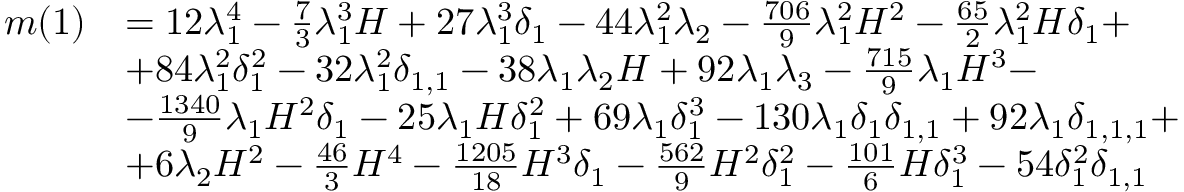
\begin{array} { r l } { m ( 1 ) } & { = 1 2 \lambda _ { 1 } ^ { 4 } - \frac { 7 } { 3 } \lambda _ { 1 } ^ { 3 } H + 2 7 \lambda _ { 1 } ^ { 3 } \delta _ { 1 } - 4 4 \lambda _ { 1 } ^ { 2 } \lambda _ { 2 } - \frac { 7 0 6 } { 9 } \lambda _ { 1 } ^ { 2 } H ^ { 2 } - \frac { 6 5 } { 2 } \lambda _ { 1 } ^ { 2 } H \delta _ { 1 } + } \\ & { + 8 4 \lambda _ { 1 } ^ { 2 } \delta _ { 1 } ^ { 2 } - 3 2 \lambda _ { 1 } ^ { 2 } \delta _ { 1 , 1 } - 3 8 \lambda _ { 1 } \lambda _ { 2 } H + 9 2 \lambda _ { 1 } \lambda _ { 3 } - \frac { 7 1 5 } { 9 } \lambda _ { 1 } H ^ { 3 } - } \\ & { - \frac { 1 3 4 0 } { 9 } \lambda _ { 1 } H ^ { 2 } \delta _ { 1 } - 2 5 \lambda _ { 1 } H \delta _ { 1 } ^ { 2 } + 6 9 \lambda _ { 1 } \delta _ { 1 } ^ { 3 } - 1 3 0 \lambda _ { 1 } \delta _ { 1 } \delta _ { 1 , 1 } + 9 2 \lambda _ { 1 } \delta _ { 1 , 1 , 1 } + } \\ & { + 6 \lambda _ { 2 } H ^ { 2 } - \frac { 4 6 } { 3 } H ^ { 4 } - \frac { 1 2 0 5 } { 1 8 } H ^ { 3 } \delta _ { 1 } - \frac { 5 6 2 } { 9 } H ^ { 2 } \delta _ { 1 } ^ { 2 } - \frac { 1 0 1 } { 6 } H \delta _ { 1 } ^ { 3 } - 5 4 \delta _ { 1 } ^ { 2 } \delta _ { 1 , 1 } } \end{array}